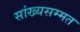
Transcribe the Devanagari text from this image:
सांख्यसम्मत